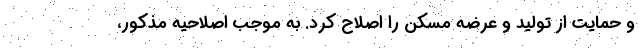
و حمایت از تولید و عرضه مسکن را اصلاح کرد. به موجب اصلاحیه مذکور،